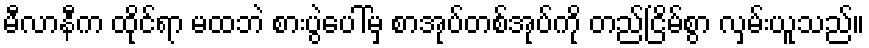
မီလာနီက ထိုင်ရာ မထဘဲ စားပွဲပေါ်မှ စာအုပ်တစ်အုပ်ကို တည်ငြိမ်စွာ လှမ်းယူသည်။